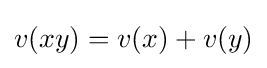
v(xy)=v(x)+v(y)